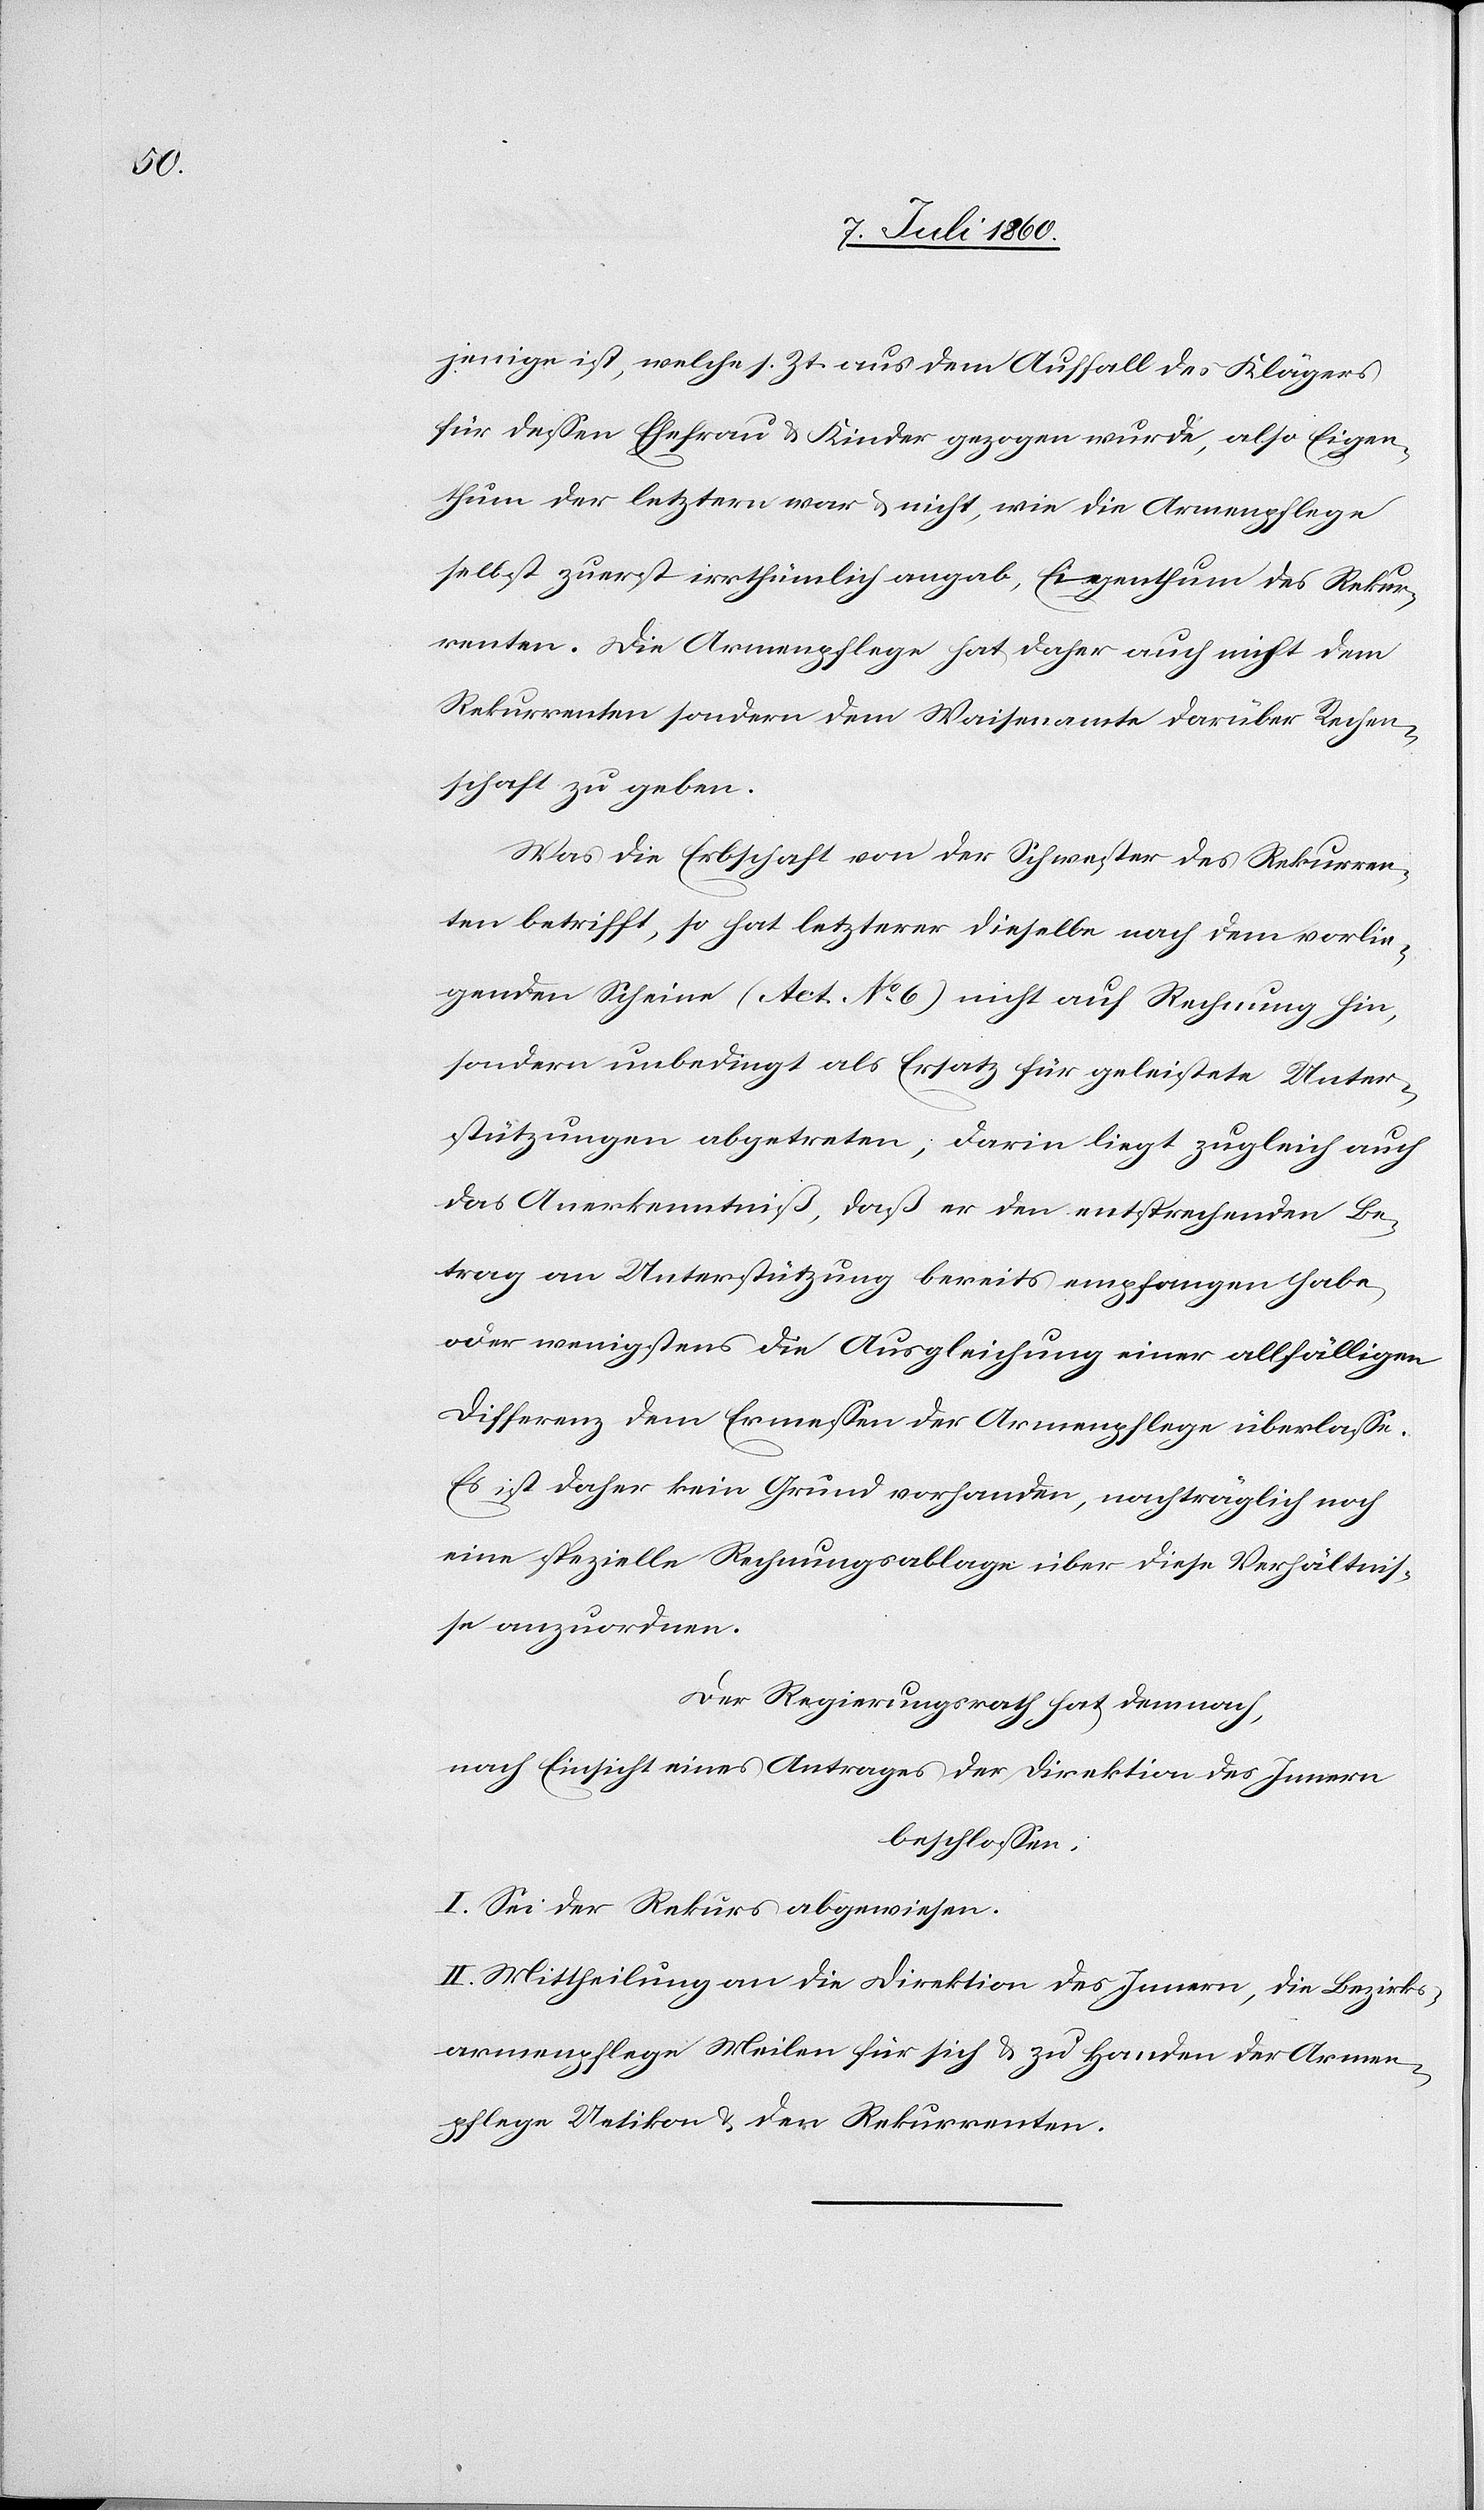
jenige ist, welche s. Zt. aus dem Auffall des Klägers
für dessen Ehefrau & Kinder gezogen wurde, also Eigen¬
thum der letztern war & nicht, wie die Armenpflege
selbst zuerst irrthümlich angab, Eigenthum des Rekur¬
renten. Die Armenpflege hat daher auch nicht dem
Rekurrenten, sondern dem Waisenamte darüber Rechen¬
schaft zu geben.
Was die Erbschaft von der Schwester des Rekurren¬
ten betrifft, so hat letzterer dieselbe nach dem vorlie¬
genden Scheine (Act. No. 6) nicht auf Rechnung hin,
sondern unbedingt als Ersatz für geleistete Unter¬
stützungen abgetreten; darin liegt zugleich auch
das Anerkenntniß, daß er den entsprechenden Be¬
trag an Unterstützung bereits empfangen habe,
oder wenigstens die Ausgleichung einer allfälligen
Differenz dem Ermessen der Armenpflege überlasse.
Es ist daher kein Grund vorhanden, nachträglich noch
eine spezielle Rechnungsablage über diese Verhältnis¬
se anzuordnen.
Der Regierungsrath hat demnach,
nach Einsicht eines Antrages der Direktion des Innern
beschlossen:
I. Sei der Rekurs abgewiesen.
II. Mittheilung an die Direktion des Innern, die Bezirks¬
armenpflege Meilen für sich & zu Handen der Armen¬
pflege Uetikon & den Rekurrenten.